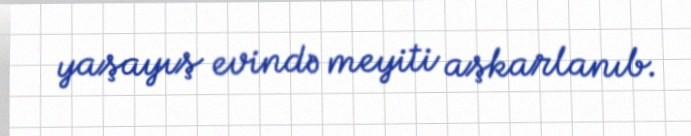
yaşayış evində meyiti aşkarlanıb.